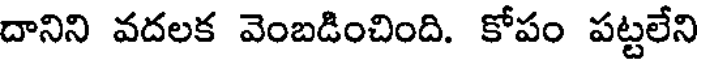
దానిని వదలక వెంబడించింది. కోపం పట్టలేని